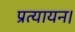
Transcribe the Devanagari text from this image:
प्रत्यायन।